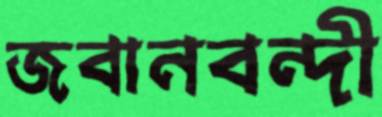
জবানবন্দী